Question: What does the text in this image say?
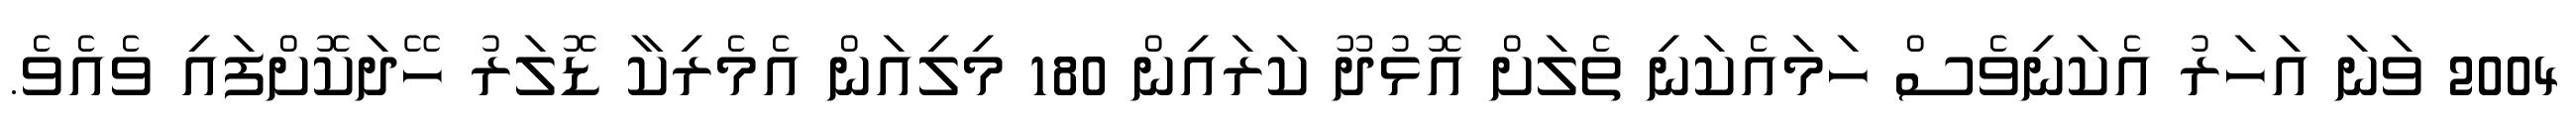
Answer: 2004 ވަނަ އަހަރު އެކަނިވެސް ހަމައެކަނި ތެލަށް އޮޅުދޫ ކަރައިން 180 މިލިއަން އެމެރިކާ ޑޮލަރު ހޭދަކޮށްފައި ވެއެވެ.